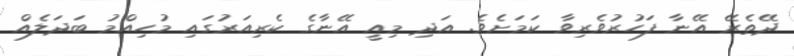
ދޭތެރޭ އޭނާ ފަހުރުވެރިވާ ކަމަށެވެ. އަދި މިއީ އޭނާގެ ކެރިއަރުގައި މުހިއްމު ބަދަލެއް